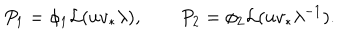
LaTeX: P _ { 1 } = \phi _ { 1 } { \cal L } ( u v _ { * } \lambda ) , \qquad P _ { 2 } = \phi _ { 2 } { \cal L } ( u v _ { * } \lambda ^ { - 1 } ) .